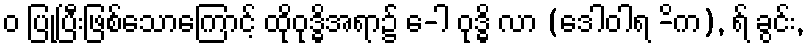
ဝ ပြုပြီးဖြစ်သောကြောင့် ထိုဝုဒ္ဓိအရာ၌ ေ-ါ ဝုဒ္ဓိ လာ (ဒေါဝါရ -ိက), ရ် ခွင်း,